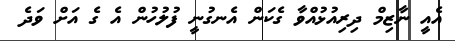
އެއީ ނާޒިމް ދިރިއުޅުއްވާ ގެކަން އެނގުނީ ފުލުހުން އެ ގެ އަށް ވަދެ